Bombay plague: being a history of the progress of plague in the Bombay presidency from September 1896 to June 1899
Year: 1896
Disease focus: Plague
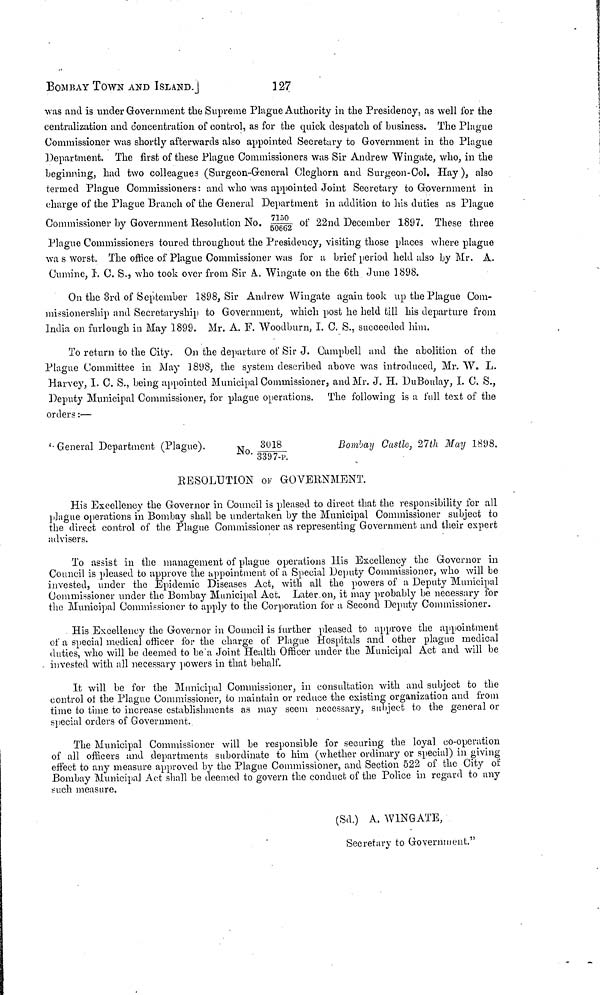
BOMBAY TOWN AND ISLAND.]
127
was and is under Government the Supreme Plague Authority in the Presidency, as well for the
centralization and concentration of control, as for the quick despatch of business. The Plague
Commissioner was shortly afterwards also appointed Secretary to Government in the Plague
Department. The first of these Plague Commissioners was Sir Andrew Wingate, who, in the
beginning, had two colleagues (Surgeon-General Cleghorn and Surgeon-Col. Hay ), also
termed Plague Commissioners : and who was appointed Joint Secretary to Government in
charge of the Plague Branch of the General Department in addition to his duties as Plague
Commissioner by Government Resolution No. 7150/50662 of 22nd December 1897. These three
Plague Commissioners toured throughout the Presidency, visiting those places where plague
was worst. The office of Plague Commissioner was for a brief period held also by Mr. A.
Cumine, I. C. S., who took over from Sir A. Wingate on the 6th June 1898.
On the 3rd of September 1898, Sir Andrew Wingate again took up the Plague Com-
missionership and Secretaryship to Government, which post he held till his departure from
India on furlough in May 1899. Mr. A. F. Woodburn, I. C. S., succeeded him.
To return to the City. On the departure of Sir J. Campbell and the abolition of the
Plague Committee in May 1898, the system described above was introduced, Mr. W. L.
Harvey, I. C. S., being appointed Municipal Commissioner, and Mr. J. H. DuBoulay, I. C. S.,
Deputy Municipal Commissioner, for plague operations. The following is a full text of the
orders :—
"General Department (Plague).
No.
3018/3397-p
Bombay Castle, 27th May 1898.
RESOLUTION OF GOVERNMENT.
His Excellency the Governor in Council is pleased to direct that the responsibility for all
plague operations in Bombay shall be undertaken by the Municipal Commissioner subject to
the direct control of the Plague Commissioner as representing Government and their expert
advisers.
To assist in the management of plague operations His Excellency the Governor in
Council is pleased to approve the appointment of a Special Deputy Commissioner, who will be
invested, under the Epidemic Diseases Act, with all the powers of a Deputy Municipal
Commissioner under the Bombay Municipal Act. Later on, it may probably be necessary for
the Municipal Commissioner to apply to the Corporation for a Second Deputy Commissioner.
His Excellency the Governor in Council is further pleased to approve the appointment
of a special medical officer for the charge of Plague Hospitals and other plague medical
duties, who will be deemed to be a Joint Health Officer under the Municipal Act and will be
invested with all necessary powers in that behalf.
It will be for the Municipal Commissioner, in consultation with and subject to the
control oí the Plague Commissioner, to maintain or reduce the existing organization and from
time to time to increase establishments as may seem necessary, subject to the general or
special orders of Government.
The Municipal Commissioner will be responsible for securing the loyal co-operation
of all officers and departments subordinate to him (whether ordinary or special) in giving
effect to any measure approved by the Plague Commissioner, and Section 522 of the City of
Bombay Municipal Act shall be deemed to govern the conduct of the Police in regard to any
such measure.
(Sd.) A. WINGATE,
Secretary to Government."